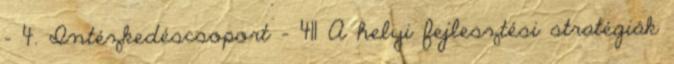
- 4. Intézkedéscsoport - 411 A helyi fejlesztési stratégiák